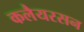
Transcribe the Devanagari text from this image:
कलैयरसन